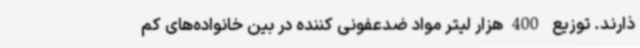
ذارند. توزیع 400هزار لیتر مواد ضدعفونی کننده در بین خانواده‌های کم